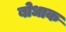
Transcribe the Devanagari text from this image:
बोधाक